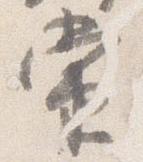
当